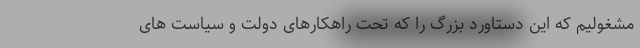
مشغولیم که این دستاورد بزرگ را که تحت راهکارهای دولت و سیاست های